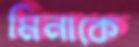
মিনাকে